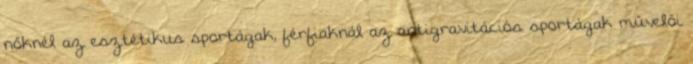
nőknél az esztétikus sportágak, férfiaknál az antigravitációs sportágak művelői